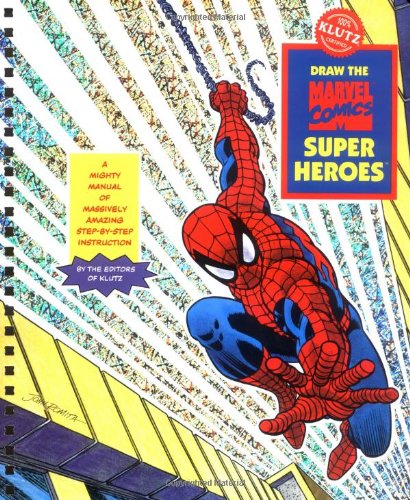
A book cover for Draw the Marvel Comic Super Heroes: A Mighty Manual of Massively Amazing Step-By-Step Instruction [With 4 Felt Markers and Drawing Pencil] (Drawing Tools); Inc. Klutz; Children's Books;